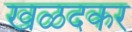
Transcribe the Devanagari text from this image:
खळदकर